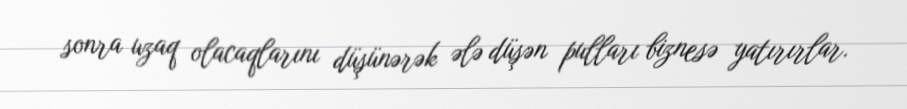
sonra uzaq olacaqlarını düşünərək ələ düşən pulları biznesə yatırırlar.